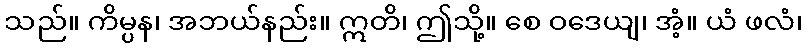
သည်။ ကိမ္ပန၊ အဘယ်နည်း။ ဣတိ၊ ဤသို့။ စေ ဝဒေယျ၊ အံ့။ ယံ ဖလံ၊